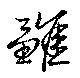
雛